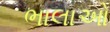
ભાલાઓ